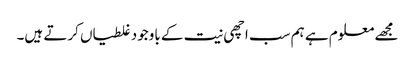
مجھے معلوم ہے ہم سب اچھی نیت کے باوجود غلطیاں کرتے ہیں۔